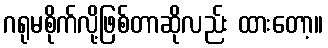
ဂရုမစိုက်လို့ဖြစ်တာဆိုလည်း ထားတော့။